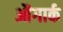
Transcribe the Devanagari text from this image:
औंगार्क